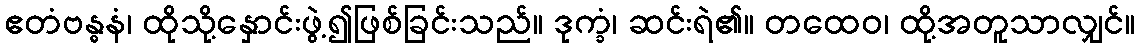
ဧတံဗန္ဓနံ၊ ထိုသို့နှောင်းဖွဲ့၍ဖြစ်ခြင်းသည်။ ဒုက္ခံ၊ ဆင်းရဲ၏။ တထေဝ၊ ထို့အတူသာလျှင်။